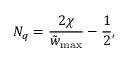
N _ { q } = \frac { 2 \chi } { \tilde { w } _ { \mathrm { m a x } } } - \frac { 1 } { 2 } ,